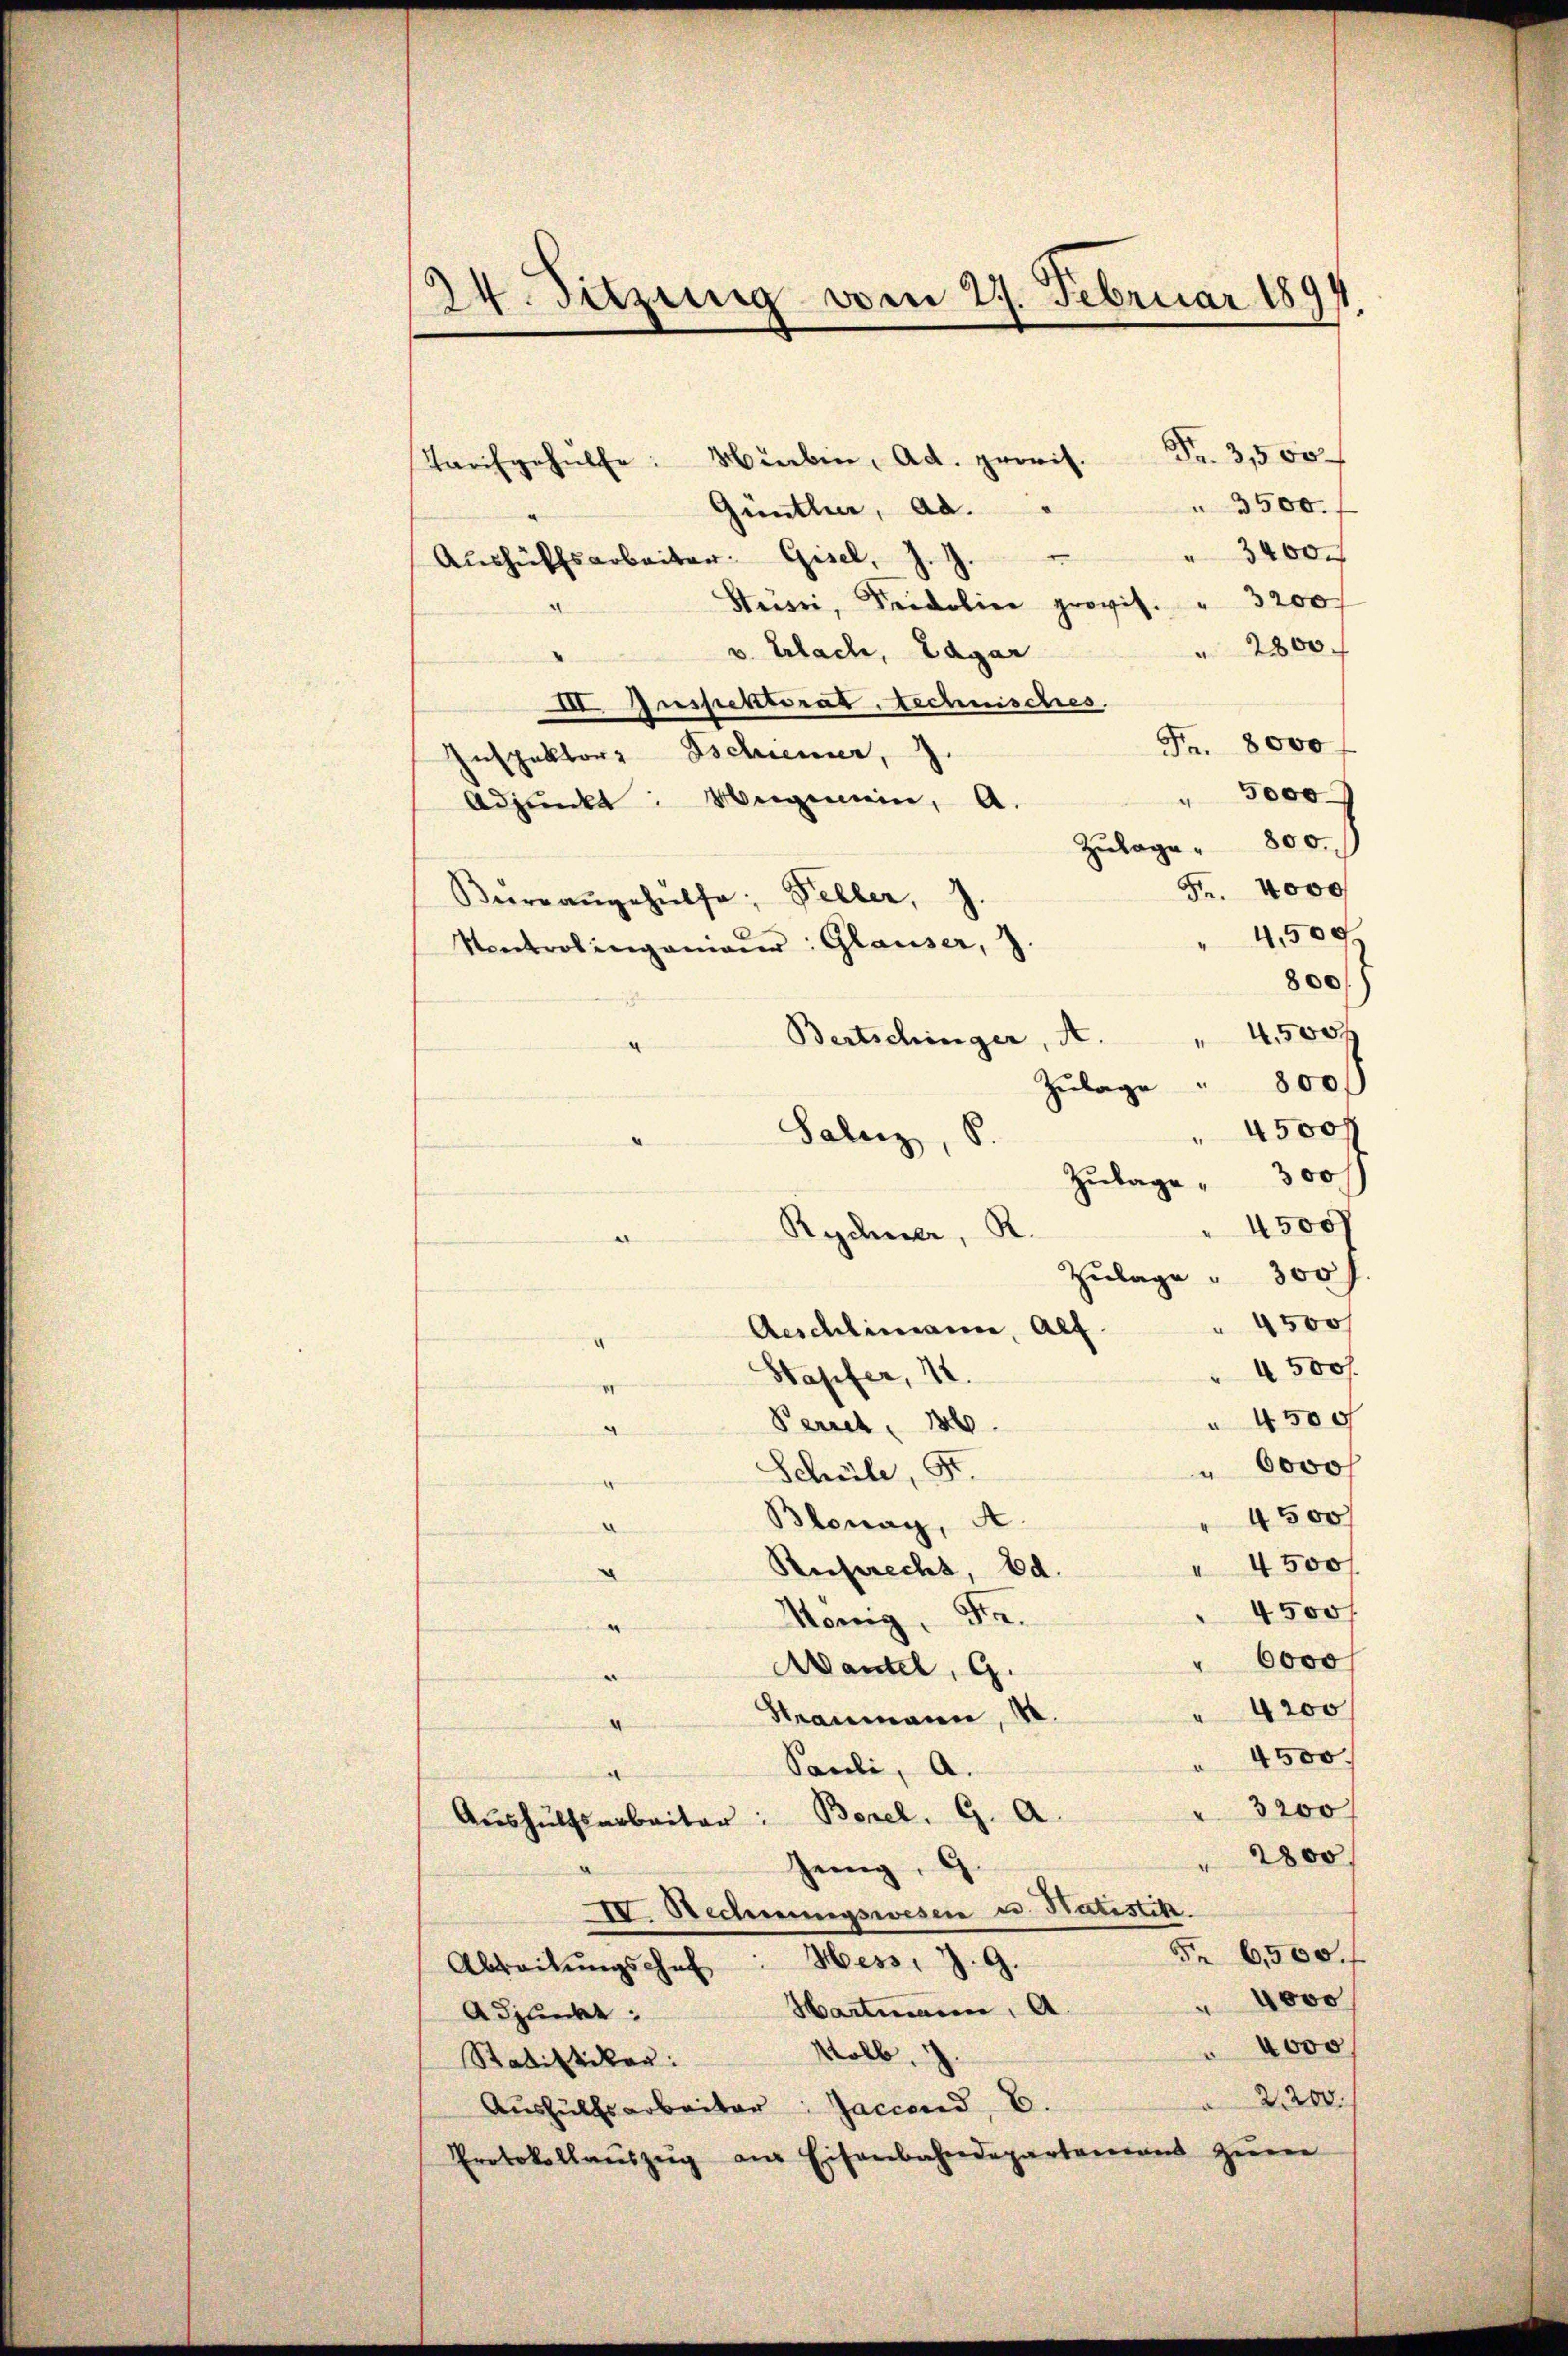
24. Sitzung vom 27. Februar 1891.

Tarchgehülfe. Hieben, Ad. provis. Fr. 3,500
 3500.
Günther, ab.
3400
Aushülfsarbeiter. Gisel, J. J.
Stüisi, Fridolier provis. " 3200 f
" 2800.
v. Erlach, Lager
III. Inspektorat, technisches.
Fr. 8000 f
Inspektor Eschiener, 7.
5000
.
Adjunkt: Weigenein, A.
Zulage " 800.
Fr. 4000
Bürrangehülfe, Peller, J.
4,500
Kontrolingenieŭr: Glauser, J.
800/
Bertschinger, A. " 4500 f
¬
800)
Zulage
4500 f
Salz, S.
.
Zulage " 300 f
4500
Rychner, R.
Zulage 300 f
 4500
Aeschlimann, alf
4500 f.
Stapfer, 12.
VI
 4500
Perret 186
" 6000 f
Schüle, F.
¬
4500
Blonay, A.
 4500 f
Ruprecht Ed.
4500/
Honig, Fr.
" 6000
Mantel, G.
" 4200
Straumann,
 4500.
Saveli, A.
" 3200
Borel. G. A.
Aushülfsarbeiter:
2800
Genug, G
IV. Rechnungswesen u. Statistik.
Fr 6,500. f
Abreitŭngschaf : Hess. Z. G.
4000
Hartmann, A.
Adjunkt:
" 4000
Kolb.
Statistikon:
2200.
Aŭshülfsarbeiter Jaciend E.
Protokollaŭszŭg am Eisenbahndepartemons Zŭrer